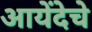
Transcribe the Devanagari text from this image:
आयेंदेचे